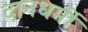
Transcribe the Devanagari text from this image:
दानधर्मी